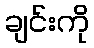
ချင်းကို